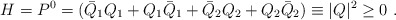
\begin{align*}H=P^0 = (\bar Q_1 Q_1 + Q_1\bar Q_1+\bar Q_2 Q_2 + Q_2\bar Q_2)\equiv |Q|^2\geq 0~.\end{align*}